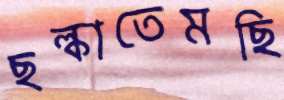
ছল্‌কাতেমছি